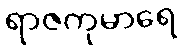
ရာဇကုမာရေ